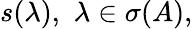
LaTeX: s(\lambda),\, \, \lambda\in\sigma(A),